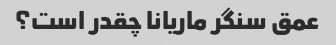
عمق سنگر ماریانا چقدر است؟